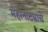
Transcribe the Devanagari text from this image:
महानाट्याचे